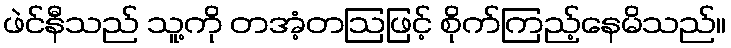
ဖဲင်နီသည် သူ့ကို တအံ့တဩဖြင့် စိုက်ကြည့်နေမိသည်။